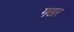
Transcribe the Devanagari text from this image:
गखर